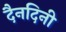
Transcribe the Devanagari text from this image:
दैनदिनी